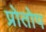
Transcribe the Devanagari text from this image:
प्रोतोप